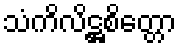
သံကိလိဋ္ဌစိတ္တော